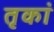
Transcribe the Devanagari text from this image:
तृकां